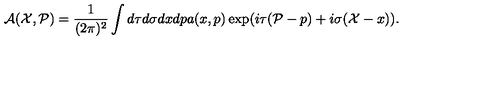
{ \cal A } ( { \cal X } , { \cal P } ) = \frac { 1 } { ( 2 \pi ) ^ { 2 } } \int d \tau d \sigma d x d p a ( x , p ) \exp ( i \tau ( { \cal P } - p ) + i \sigma ( { \cal X } - x ) ) .